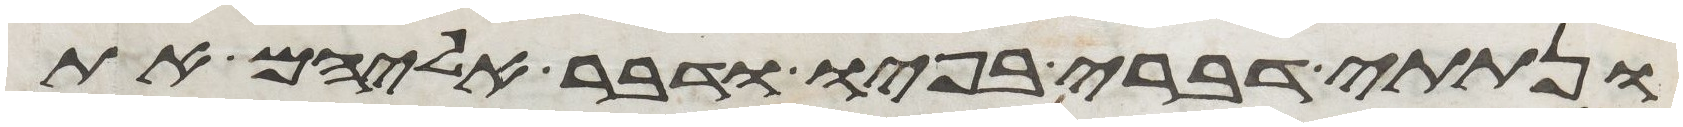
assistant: ונתתי דברי בפיו ודבר אליהם את